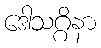
ဒေါသဂ္ဂိနာ